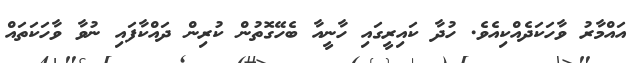
އައްމާރު ވާހަކަދެއްކިއެވެ. ހުދާ ކައިރީގައި ހާނީއާ ބެހޭގޮތުން ކުރިން ދައްކާފައި ނުވާ ވާހަކަތައް